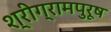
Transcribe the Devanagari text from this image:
श्रीग्रामपुरूष